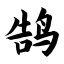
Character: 鹄